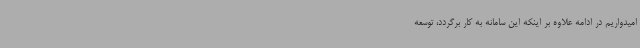
امیدواریم در ادامه علاوه بر اینکه این سامانه به کار برگردد، توسعه